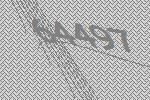
64497